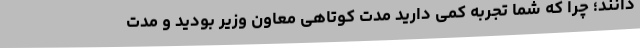
دانند؛ چرا که شما تجربه کمی دارید مدت کوتاهی معاون وزیر بودید و مدت